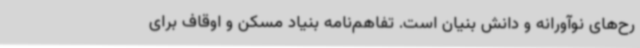
رح‌های نوآورانه و دانش بنیان است. تفاهم‌نامه بنیاد مسکن و اوقاف برای